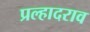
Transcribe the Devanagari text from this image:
प्रल्हादराव